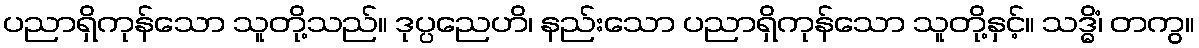
ပညာရှိကုန်သော သူတို့သည်။ ဒုပ္ပညေဟိ၊ နည်းသော ပညာရှိကုန်သော သူတို့နှင့်။ သဒ္ဓိံ၊ တကွ။